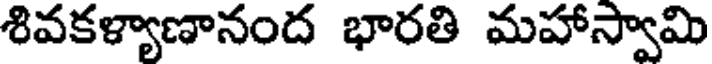
శివకళ్యాణానంద భారతి మహాస్వామి